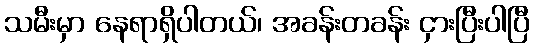
သမီးမှာ နေရာရှိပါတယ်၊ အခန်းတခန်း ငှားပြီးပါပြီ